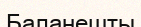
Баланешты